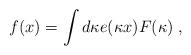
LaTeX: \begin{align*}f(x) = \int d \kappa e(\kappa x) F(\kappa) \; ,\end{align*}